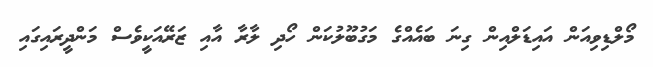
މޯލްޑިވިއަން އައިޑަލްއިން ގިނަ ބައެއްގެ މަގުބޫލުކަން ހޯދި ލާރާ އާއި ޒަރޭއަކީވެސް މަންދީރައިގައި